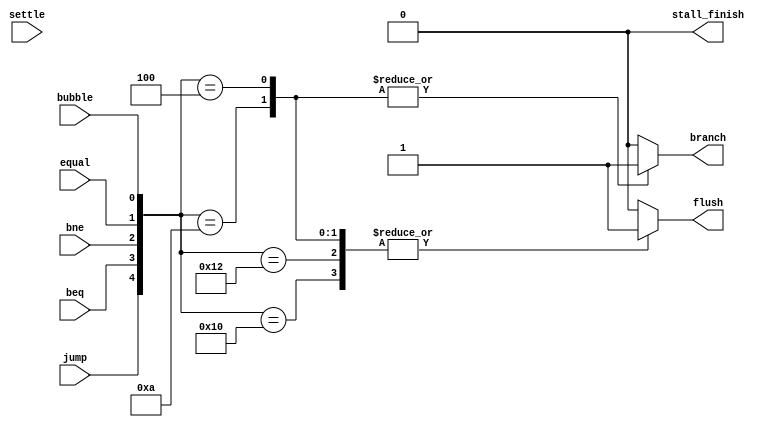
`timescale 1ns / 1ps
//////////////////////////////////////////////////////////////////////////////////
// 
// Design Name: If_flush
// Module Name: if_flush
// Project Name: project 2
// Target Devices: FPGA board
// Description: determine whether to flush if stage 
// 
// Dependencies: jump,beq,bne,equal
//////////////////////////////////////////////////////////////////////////////////


module if_flush(jump,beq,bne,equal,flush,branch,bubble,stall_finish,settle);
input jump,beq,bne,equal,bubble,settle;
output flush,branch,stall_finish;

reg flush,branch,stall_finish;

initial 
   begin 
      flush=0;
      branch=0;
      stall_finish=0;
   end

always @(jump,beq,bne,equal,bubble,settle)
begin
  case ({jump,beq,bne,equal,bubble})
    5'b10000:begin flush=1;branch=0;end
    5'b10010:begin flush=1;branch=0;end
    5'b01010:begin flush=1;branch=1;end
    5'b00100:begin flush=1;branch=1;end
    default:begin flush=0;branch=0;end
  endcase
end
endmodule